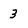
Character: 3